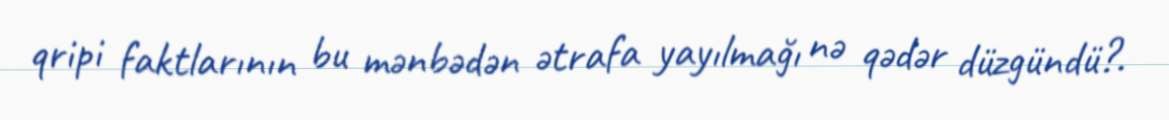
qripi faktlarının bu mənbədən ətrafa yayılmağı nə qədər düzgündü?.